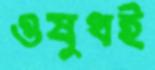
ওষুধই